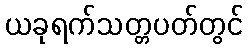
ယခုရက်သတ္တပတ်တွင်